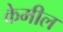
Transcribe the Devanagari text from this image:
केमील